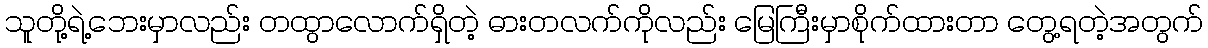
သူတို့ရဲ့ဘေးမှာလည်း တထွာလောက်ရှိတဲ့ ဓားတလက်ကိုလည်း မြေကြီးမှာစိုက်ထားတာ တွေ့ရတဲ့အတွက်